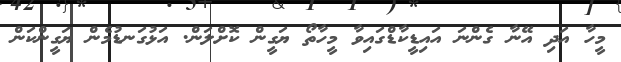
މީހާ އަދި އޭނާ ގެންނަ އައިޑީކާޑްގައިވާ މީހާތޯ ޔަގީން ކޮށްލަން. އަޅުގަނޑުމެން ޔަގީންކަން